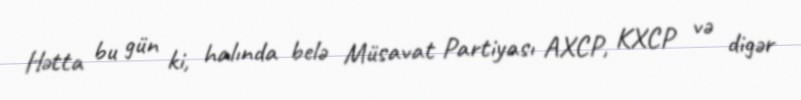
Hətta bu gün ki, halında belə Müsavat Partiyası AXCP, KXCP və digər